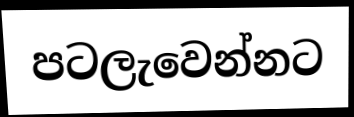
පටලැවෙන්නට